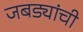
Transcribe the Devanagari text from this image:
जबड्यांची